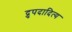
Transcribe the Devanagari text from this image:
द्रुपदादित्य